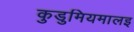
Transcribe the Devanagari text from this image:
कुडुमियमालइ